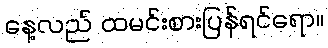
နေ့လည် ထမင်းစားပြန်ရင်ရော။